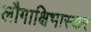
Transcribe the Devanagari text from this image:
लौगाक्षिभास्कर